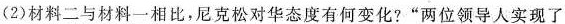
(2)材料二与材料一相比，尼克松对华态度有何变化?”两位领导人实现了